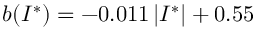
b ( I ^ { * } ) = - 0 . 0 1 1 \, \lvert I ^ { * } \rvert + 0 . 5 5